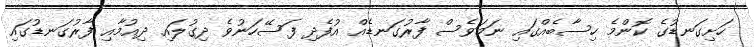
ހަށިގަނޑުގެ ކޮންމެ ހިސާބެއްގައި ނަމަވެސް ފާރުގަނޑެއް އުފެދި ފަސޭހަނުވެ ދިގުލައި ދިއުމާއި ފާރުގަނޑުގައި